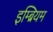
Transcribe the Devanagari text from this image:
इम्ब्रियम